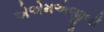
એએમએજીબી